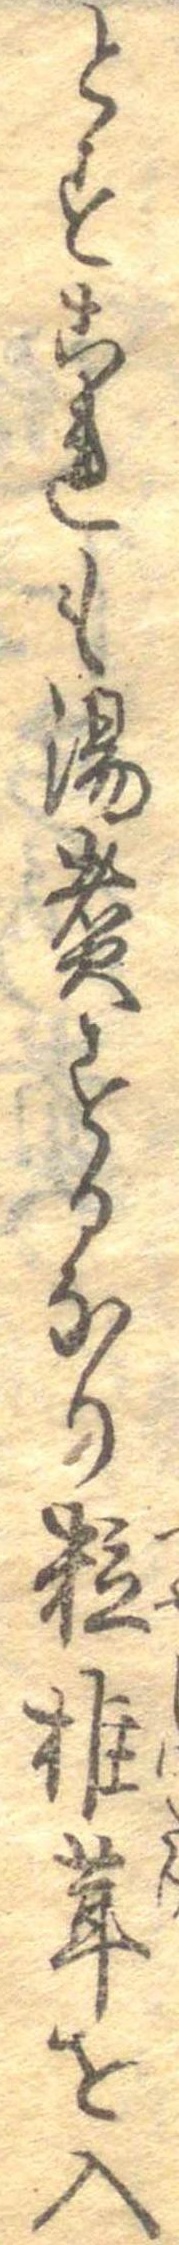
とすこれも湯煮するなり粒椎茸を入